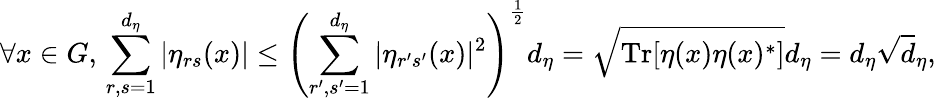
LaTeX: \forall x\in G,\, \sum_{r,s=1}^{d_{\eta}}|\eta_{rs}(x)|\leq\left(\sum_{r^{\prime},s^{\prime}=1}^{d_{\eta}}|\eta_{r^{\prime}s^{\prime}}(x)|^{2}\right)^{\frac{1}{2}}d_{\eta}=\sqrt{\textnormal{Tr}[\eta(x)\eta(x)^{*}]}d_{\eta}=d_{\eta}\sqrt{d}_{\eta},